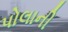
પોલાની